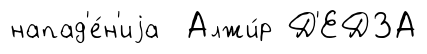
напад'е́н'иjа Алжи́р Д'ЕДЗА